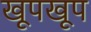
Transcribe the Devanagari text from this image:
खूपखूप